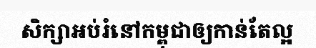
សិក្សាអប់រំនៅកម្ពុជាឲ្យកាន់តែល្អ